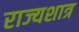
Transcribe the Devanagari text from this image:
राज्यशात्र